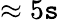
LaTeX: \approx5\mathtt{s}